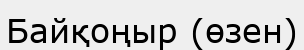
Байқоңыр (өзен)